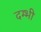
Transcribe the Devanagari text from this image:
दम्भी